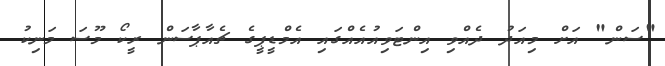
"ސަން" އަށް މިއަދު ދެއްވި އިންޓަވިއުއެއްގައި އެމްޑީޕީގެ ޗެއާޕާސަން ރީކޯ މޫސަ މަނިކު